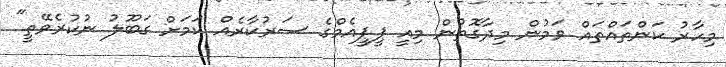
މިހާރު ކަންތައްތައް ވަމުން މިދާގޮތުން މިއީ ޕީޕީއެމްގެ ސަރުކާރެއް ކަމަށް ގަބޫލު ނުކުރެވޭތީ"